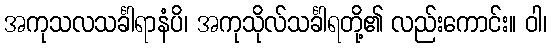
အကုသလသင်္ခါရာနံပိ၊ အကုသိုလ်သင်္ခါရတို့၏ လည်းကောင်း။ ဝါ၊